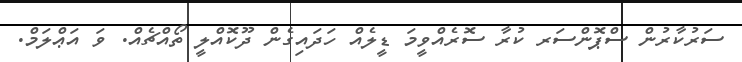
ސަރުކާރުން ސްޕޮންސަރ ކުރާ ސޮރެއްވީމަ ޑީލެއް ހަދައިގެން ދޫކޮއްލީ ތޯއްޗެއް. ވަ އަަަޢްލަމް.